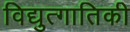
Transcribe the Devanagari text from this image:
विद्युत्गातिकी